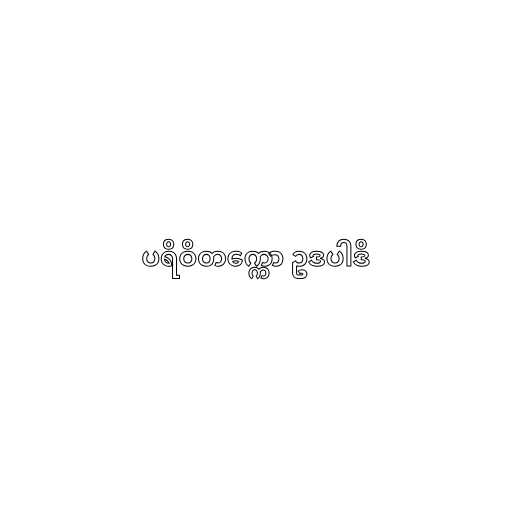
ပရိဝိတက္ကော ဥဒပါဒိ